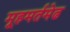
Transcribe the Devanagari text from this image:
मूहमर्तमेढ